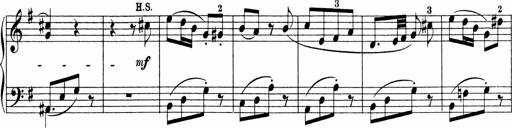
Title: Sonatinen Op.47, 98 und 136, nebst 6 Liedersonatinen
Composer: Carl Reinecke